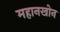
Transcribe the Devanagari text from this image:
महानखोन